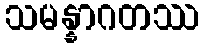
သမန္နာဂတဿ